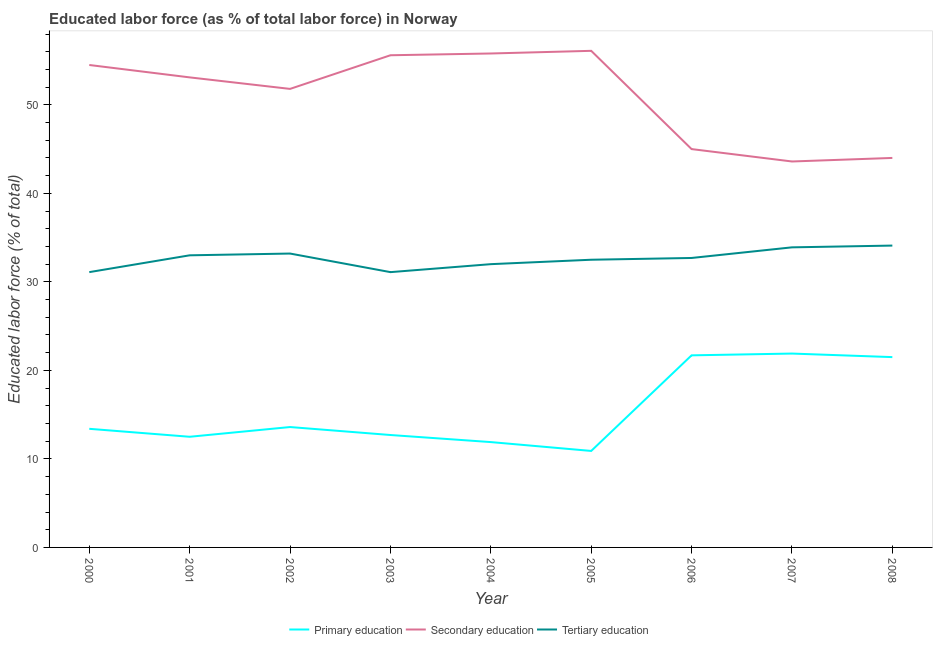
| Year | Primary education | Secondary education | Tertiary education |
 | --- | --- | --- | --- |
 | 2000 | 13.4 | 54.5 | 31.1 |
 | 2001 | 12.5 | 53.1 | 33 |
 | 2002 | 13.6 | 51.8 | 33.2 |
 | 2003 | 12.7 | 55.6 | 31.1 |
 | 2004 | 11.9 | 55.8 | 32 |
 | 2005 | 10.9 | 56.1 | 32.5 |
 | 2006 | 21.7 | 45 | 32.7 |
 | 2007 | 21.9 | 43.6 | 33.9 |
 | 2008 | 21.5 | 44 | 34.1 |